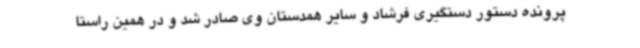
پرونده دستور دستگیری فرشاد و سایر همدستان وی صادر شد و در همین راستا